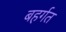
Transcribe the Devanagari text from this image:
बहर्गत